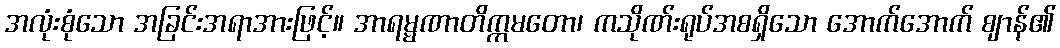
အလုံးစုံသော အခြင်းအရာအားဖြင့်။ အာရမ္မဏာတိက္ကမတော၊ ကသိုဏ်းရုပ်အစရှိသော အောက်အောက် ဈာန်၏